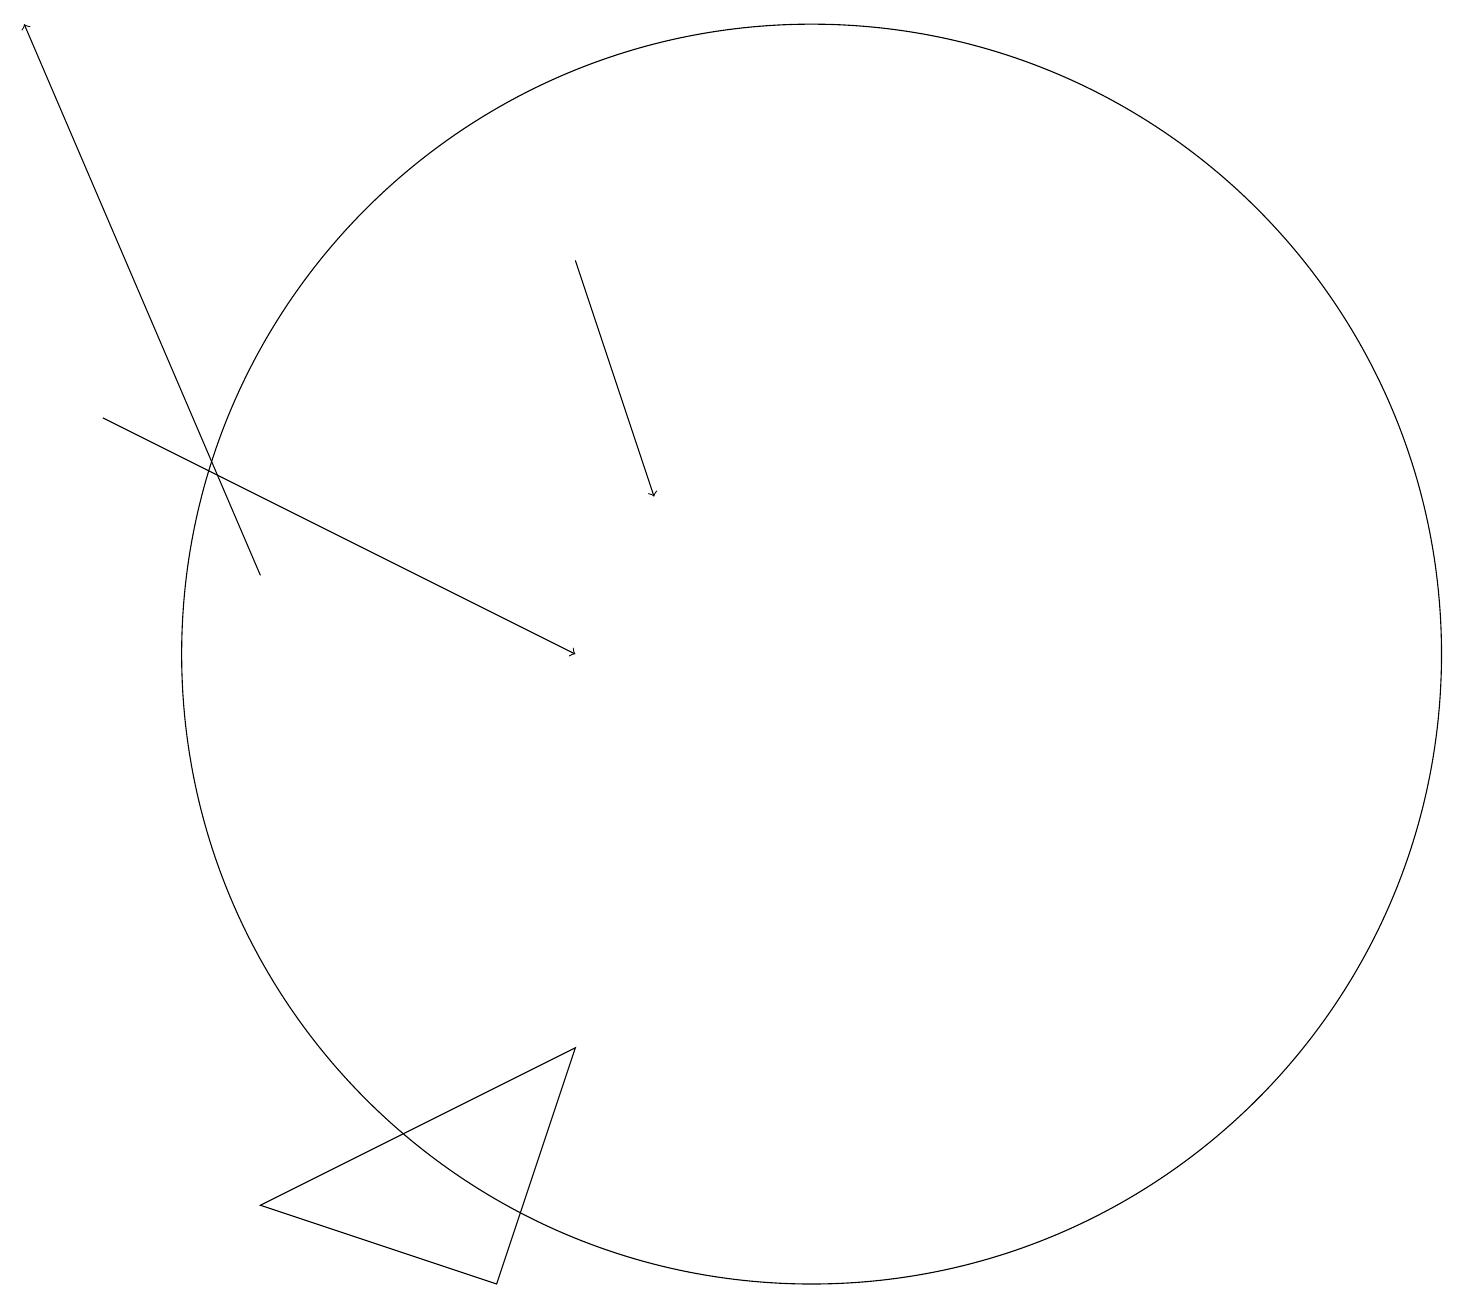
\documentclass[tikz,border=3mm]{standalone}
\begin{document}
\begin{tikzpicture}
\draw (10,11) circle (0);
\draw[->] (2,13) -- (8,10);
\draw[->] (8,15) -- (9,12);
\draw (8,5) -- (7,2) -- (4,3) -- cycle;
\draw[->] (4,11) -- (1,18);
\draw (11,10) circle (8);
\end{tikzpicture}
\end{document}